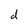
Character: d